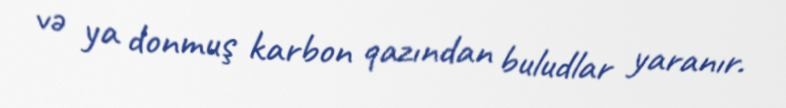
və ya donmuş karbon qazından buludlar yaranır.